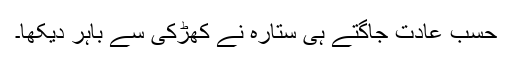
حسبِ عادت جاگتے ہی ستارہ نے کھڑکی سے باہر دیکھا۔